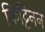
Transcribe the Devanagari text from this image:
किट्टिनन